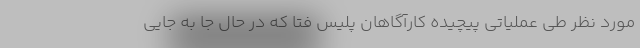
مورد نظر طی عملیاتی پیچیده کارآگاهان پلیس فتا که در حال جا به جایی